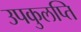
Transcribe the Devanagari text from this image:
उपकुलप्ति